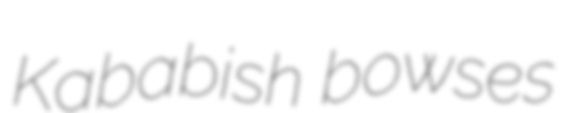
Kababish bowses